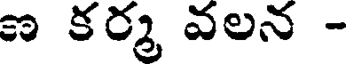
ణ కర్మ వలన -